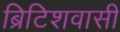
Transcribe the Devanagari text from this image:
ब्रिटिशवासी